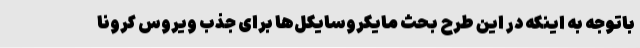
باتوجه به اینکه در این طرح بحث مایکروسایکل‌ها برای جذب ویروس کرونا